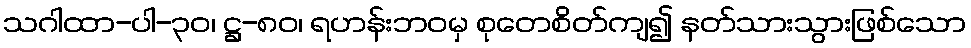
သဂါထာ-ပါ-၃၀၊ ဋ္ဌ-၈၀၊ ရဟန်းဘဝမှ စုတေစိတ်ကျ၍ နတ်သားသွားဖြစ်သော